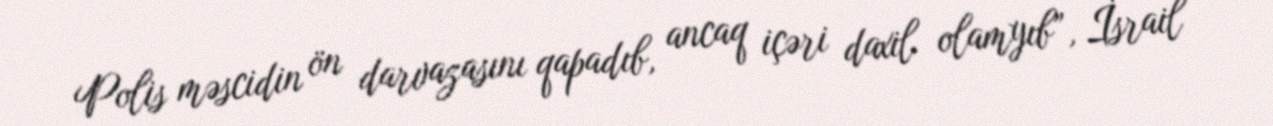
Polis məscidin ön darvazasını qapadıb, ancaq içəri daxil olamyıb”, İsrail